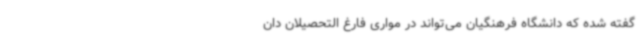
گفته شده که دانشگاه فرهنگیان می‌تواند در مواری فارغ التحصیلان دان